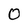
Character: 0